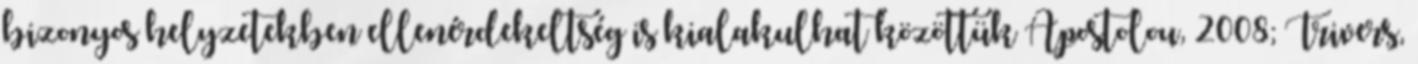
bizonyos helyzetekben ellenérdekeltség is kialakulhat közöttük Apostolou, 2008; Trivers,